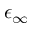
\epsilon _ { \infty }